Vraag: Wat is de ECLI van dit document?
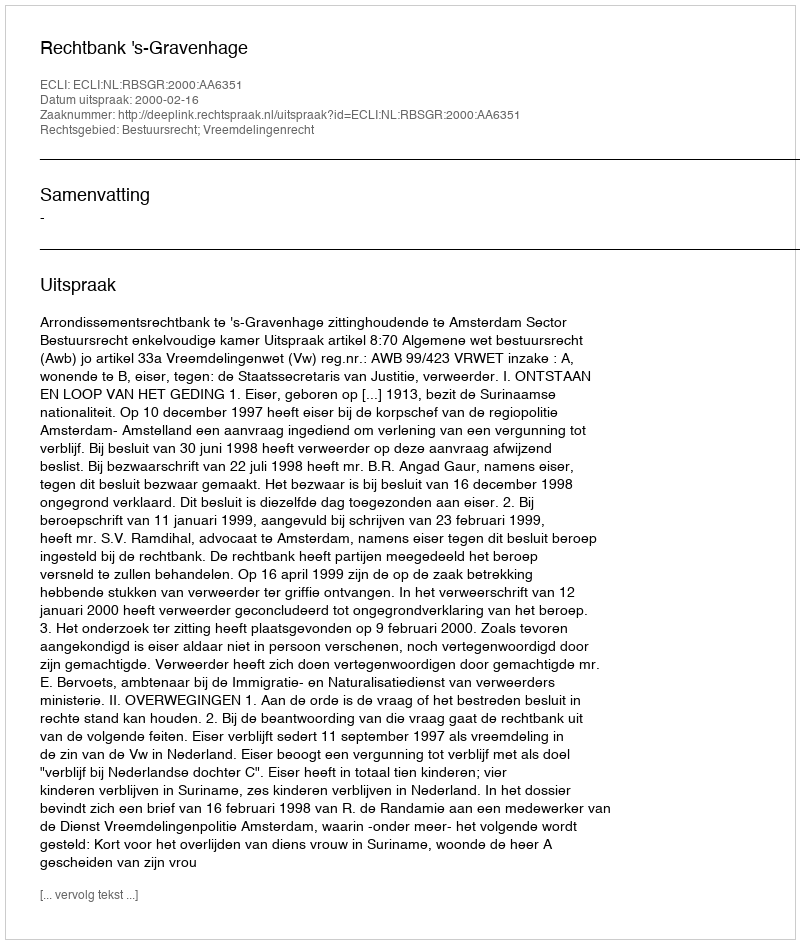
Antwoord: ECLI:NL:RBSGR:2000:AA6351